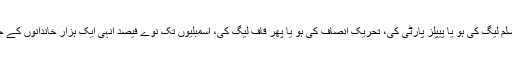
پاکستان میں بدترین فوجی آمریت ہو یا جمہوریت، حکومت مسلم لیگ کی ہو یا پیپلز پارٹی کی، تحریک انصاف کی ہو یا پھر قاف لیگ کی، اسمبلیوں تک نوے فیصد انہی ایک ہزار خاندانوں کے جاگیردار، زمیندار، صنعت کار اور قبائلی سردار پہنچتے ہیں۔